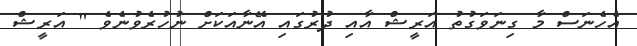
އެހެނަސް މާ ގިނަވަގުތު އަރީޝް އާއި ދުރުގައި އޭނާއަކަށް ނުހުރެވުނެވެ " އަރީޝް